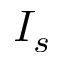
I _ { s }